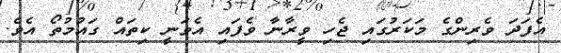
އެފަދަ ވެރިންގެ މަކަރުގައި ޖެހި ވީރާނާ ވެފައި އެވަނީ ކިތައް ގައުމުތޯ އެވެ.